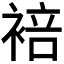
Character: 𬡣